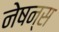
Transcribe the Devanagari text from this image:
नेषन्स